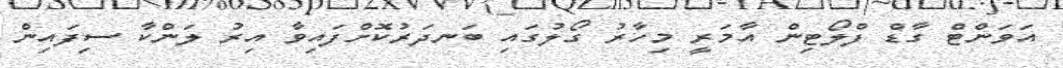
އަވަންޓް ގާޑް ފްލޯޓިން އާމަރީ މިހާރު ގޯލުގައި ބަނދަރުކޮށްފައިވާ އިރު ލަންކާ ސިފައިން